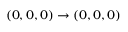
( 0 , 0 , 0 ) \rightarrow ( 0 , 0 , 0 )